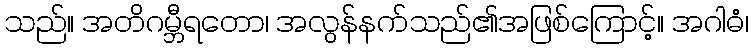
သည်။ အတိဂမ္ဘီရတော၊ အလွန်နက်သည်၏အဖြစ်ကြောင့်။ အဂါဓံ၊